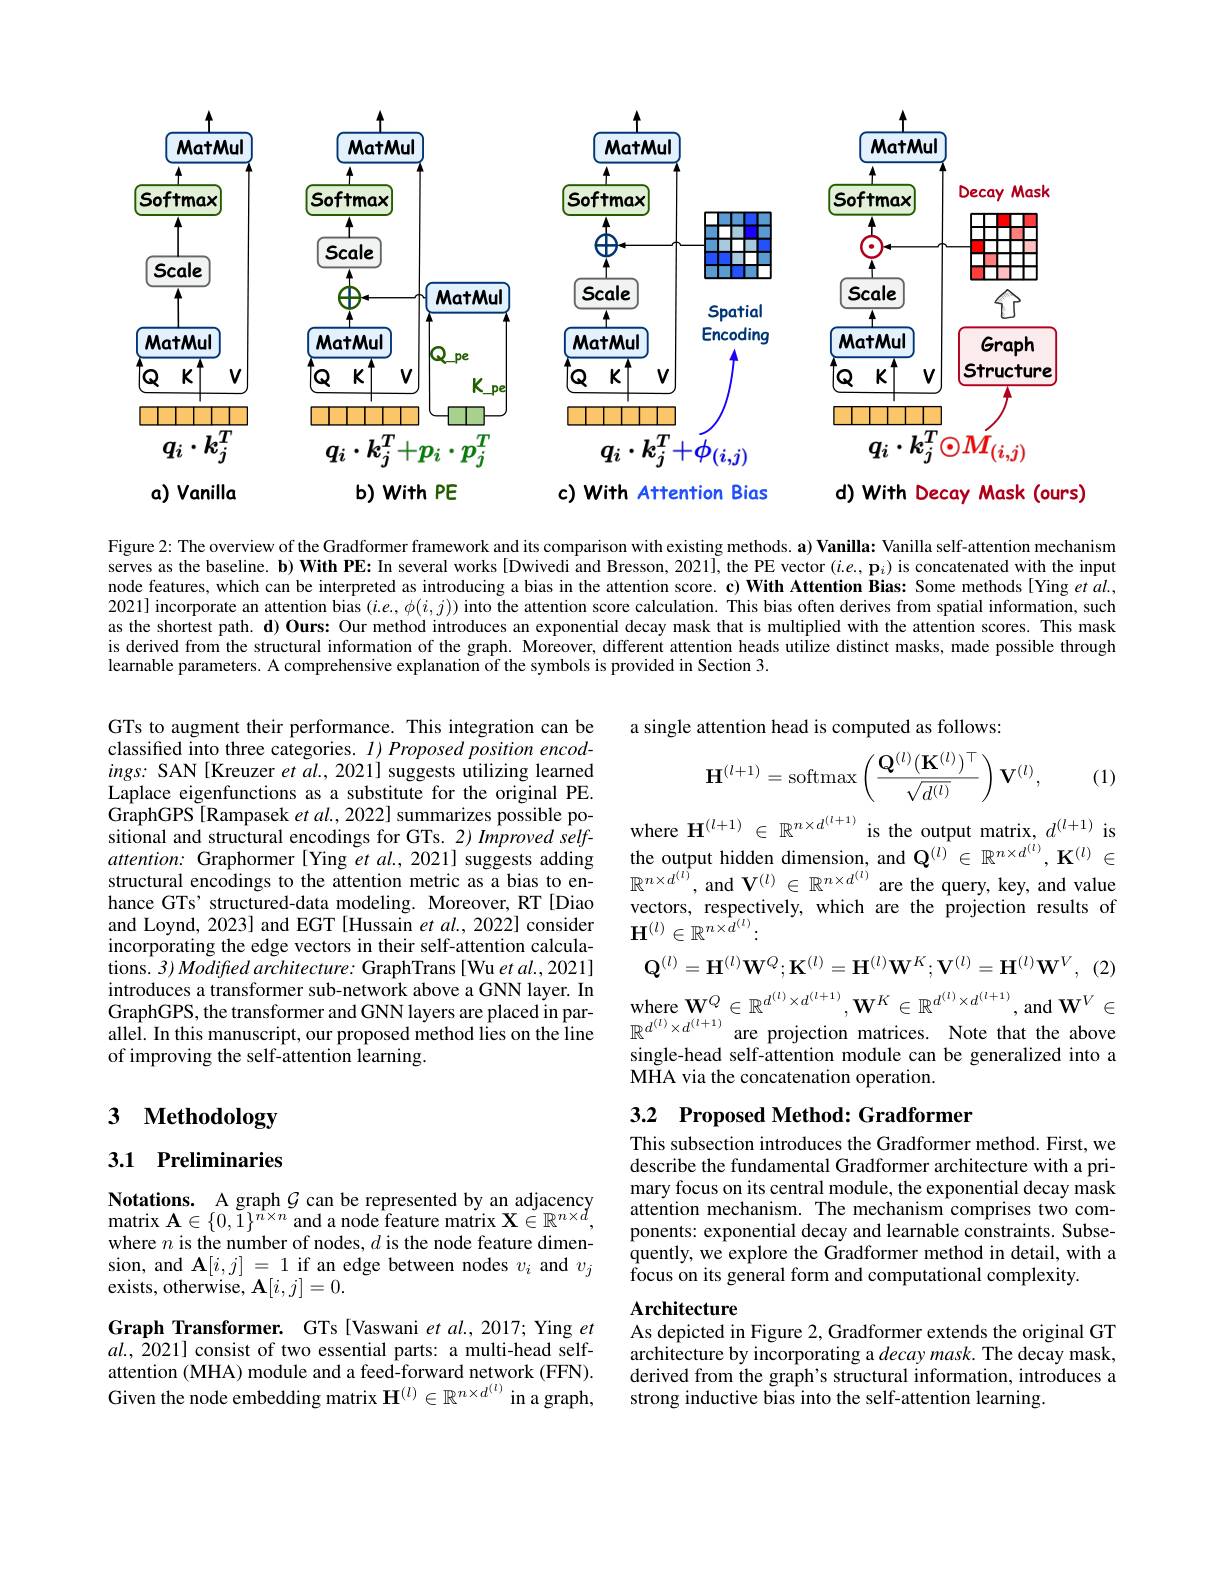
<FigureHere>

<FigureHere>

4
<FigureHere>
b) With PE
a) Vanilla

d) With Decay Mask (ours)

c) With Attention Bias

Figure 2: The overview of the Gradformer framework and its comparison with existing methods. a) Vanilla: Vanilla: Vanilla self-attention mechanism serves as the baseline. b) With PE: In several works [Dwivedi and Bresson, 2021], the PE vector $(i.e,\mathbf{p}_i)$ is concatenated with the input node features, which can be interpreted as introducing a bias in the attention score. c) With Attention Bias: Some methods[Ying et al., 2021] incorporate an attention bias $(i.e,\phi(i,j))$ into the attention score calculation. This bias often derives from spatial information, such as the shortest path. d) Ours: Our method introduces an exponential decay mask that is multiplied with the attention scores. This mask is derived from the structural information of the graph. Moreover, different attention heads utilize distinct masks, made possible through learnable parameters. A comprehensive explanation of the symbols is provided in Section 3.

a single attention head is computed as follows:
$$\mathbf{H}^{(l+1)}=\mathrm{softmax}\left(\frac{\mathbf{Q}^{(l)}(\mathbf{K}^{(l)})^\top}{\sqrt{d^{(l)}}}\right)\mathbf{V}^{(l)},$$
(1)

where $\mathbf{H}^{(l+1)}\in\mathbb{R}^{n\times d^{(l+1)}}$ is the output matrix, $d^(l+1)$ is the output hidden dimension, and $\mathbf{Q}^{(l)}\in\mathbb{R}^{n\times d^{(l)}},\mathbf{K}^{(l)}\in$ $\mathbb{R}^{n\times d^{(l)}}$, and $\mathbf{V}^(l)\in\mathbb{R}^{n\times d^{(l)}}$ are the query, key, and value vectors, respectively, which are the projection results of $\mathbf{H}^{(l)}\in\mathbb{R}^{n\times d^{(l)}}:$

GTs to augment their performance. This integration can be classified into three categories. $I) \textit{Proposed position encod- }$ $ings:$ SAN[Kreuzer et al., 2021] suggests utilizing learned Laplace eigenfunctions as a substitute for the original PE. GraphGPS [Rampasek et al., 2022] summarizes possible positional and structural encodings for GTs. 2) Improved selfattention: Graphormer [Ying et al., 2021] suggests adding structural encodings to the attention metric as a bias to enhance GTs' structured-data modeling. Moreover, RT [Diao and Loynd, 2023] and EGT [Hussain et al., 2022] consider incorporating the edge vectors in their self-attention calculations. 3) Modifred architecture: GraphTrans [Wu et al., 2021] introduces a transformer sub-network above a GNN layer. In GraphGPS, the transformer and GNN layers are placed in parallel. In this manuscript, our proposed method lies on the line of improving the self-attention learning.
$$\mathbf{Q}^{(l)}=\mathbf{H}^{(l)}\mathbf{W}^{Q};\mathbf{K}^{(l)}=\mathbf{H}^{(l)}\mathbf{W}^{K};\mathbf{V}^{(l)}=\mathbf{H}^{(l)}\mathbf{W}^{V},$$
(2)
$\begin{array}{l}{\mathrm{where~}\mathbf{W}^{Q}\in\mathbb{R}^{d^{(l)}\times d^{(l+1)}},\mathbf{W}^{K}\in\mathbb{R}^{d^{(l)}\times d^{(l+1)}},\mathrm{~and~}\mathbf{W}^{V}\in}\\{-\frac{(l)}{(l)}}{-\frac{(l)}{(l+1)}}\end{array}$

$\mathbb{R}^{d^{(l)}\times d^{(l+1)}}$ are projection matrices. Note that the above single-head self-attention module can be generalized into a MHA via the concatenation operation.

## 3.2 Proposed Method: Gradformer

# 3 Methodology

3.1 Preliminaries

This subsection introduces the Gradformer method. First, we describe the fundamental Gradformer architecture with a primary focus on its central module, the exponential decay mask attention mechanism. The mechanism comprises two components: exponential decay and learnable constraints. Subsequently, we explore the Gradformer method in detail, with a focus on its general form and computational complexity.

Notations. A graph $\mathcal{G}$ can be represented by an adjacency matrix A$\in \{$0, 1$\} ^{n\times n}$ and a node feature matrix X$\in \mathbb{R} ^{n\times d}$, where $n$ is the number of nodes, $d$ is the node feature dimension, and $\mathbf{A}[i,j]=1$ if an edge between nodes $v_i$ and $v_j$ exists, otherwise, A$[i,j]=0.$

### Architecture

Graph Transformer. GTs[Vaswani et al., 2017; Ying et $al.,\bar{2}021]$ consist of two essential parts: a multi-head selfattention (MHA) module and a feed-forward network (FFN). Given the node embedding matrix $\mathbf{H}^{(l)}\in\mathbb{R}^{n\times d^{(l)}}$ in a graph,

As depicted in Figure 2, Gradformer extends the original GT architecture by incorporating a decay mask. The decay mask, derived from the graph's structural information, introduces a strong inductive bias into the self-attention learning.